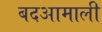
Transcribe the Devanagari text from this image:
बदआमाली